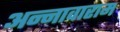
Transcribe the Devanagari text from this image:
अन्नावाराम